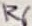
Text: R6